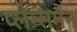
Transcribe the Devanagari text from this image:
प्लेन्समैन